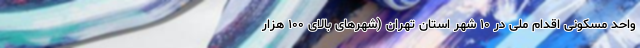
واحد مسکونی اقدام ملی در ۱۰ شهر استان تهران (شهرهای بالای ۱۰۰ هزار